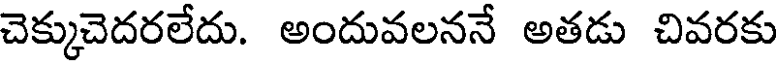
చెక్కుచెదరలేదు. అందువలననే అతడు చివరకు